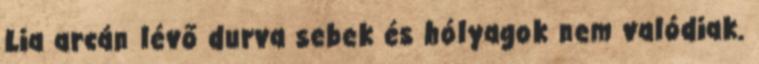
Lia arcán lévő durva sebek és hólyagok nem valódiak.